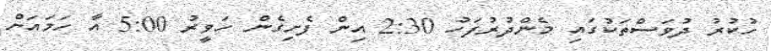
ހުކުރު ދުވަސްތަކުގައި މެންދުރުފަހު 2:30 އިން ފެށިގެން ހަވީރު 5:00 އާ ހަމައަށް